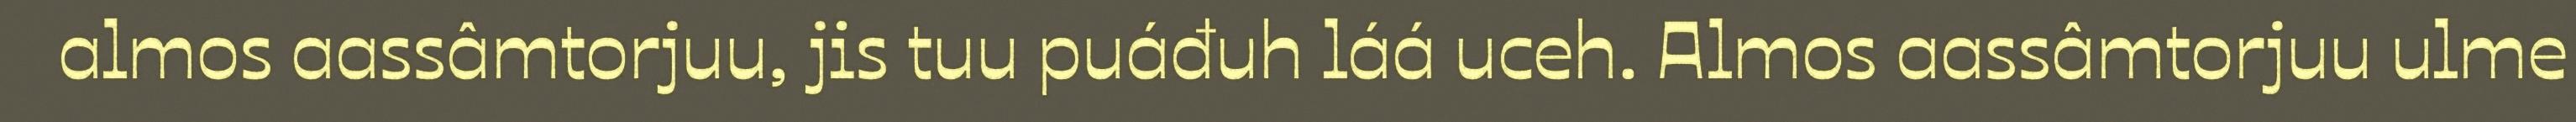
almos aassâmtorjuu, jis tuu puáđuh láá uceh. Almos aassâmtorjuu ulme